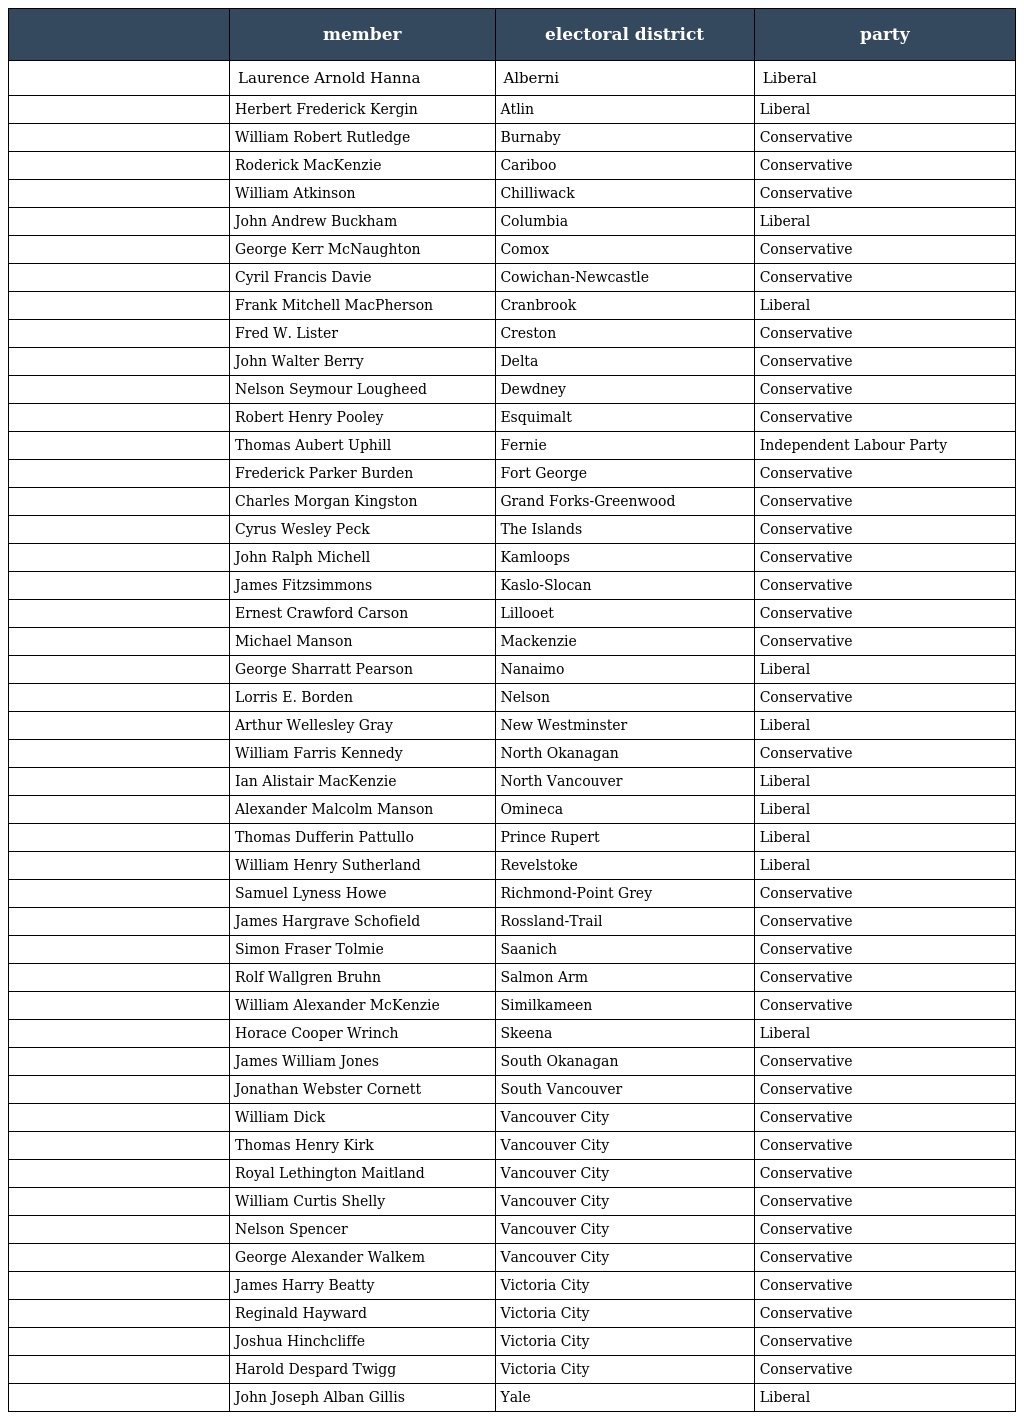
|  | member | electoral district | party |
 | --- | --- | --- | --- |
 |  | Laurence Arnold Hanna | Alberni | Liberal |
 |  | Herbert Frederick Kergin | Atlin | Liberal |
 |  | William Robert Rutledge | Burnaby | Conservative |
 |  | Roderick MacKenzie | Cariboo | Conservative |
 |  | William Atkinson | Chilliwack | Conservative |
 |  | John Andrew Buckham | Columbia | Liberal |
 |  | George Kerr McNaughton | Comox | Conservative |
 |  | Cyril Francis Davie | Cowichan-Newcastle | Conservative |
 |  | Frank Mitchell MacPherson | Cranbrook | Liberal |
 |  | Fred W. Lister | Creston | Conservative |
 |  | John Walter Berry | Delta | Conservative |
 |  | Nelson Seymour Lougheed | Dewdney | Conservative |
 |  | Robert Henry Pooley | Esquimalt | Conservative |
 |  | Thomas Aubert Uphill | Fernie | Independent Labour Party |
 |  | Frederick Parker Burden | Fort George | Conservative |
 |  | Charles Morgan Kingston | Grand Forks-Greenwood | Conservative |
 |  | Cyrus Wesley Peck | The Islands | Conservative |
 |  | John Ralph Michell | Kamloops | Conservative |
 |  | James Fitzsimmons | Kaslo-Slocan | Conservative |
 |  | Ernest Crawford Carson | Lillooet | Conservative |
 |  | Michael Manson | Mackenzie | Conservative |
 |  | George Sharratt Pearson | Nanaimo | Liberal |
 |  | Lorris E. Borden | Nelson | Conservative |
 |  | Arthur Wellesley Gray | New Westminster | Liberal |
 |  | William Farris Kennedy | North Okanagan | Conservative |
 |  | Ian Alistair MacKenzie | North Vancouver | Liberal |
 |  | Alexander Malcolm Manson | Omineca | Liberal |
 |  | Thomas Dufferin Pattullo | Prince Rupert | Liberal |
 |  | William Henry Sutherland | Revelstoke | Liberal |
 |  | Samuel Lyness Howe | Richmond-Point Grey | Conservative |
 |  | James Hargrave Schofield | Rossland-Trail | Conservative |
 |  | Simon Fraser Tolmie | Saanich | Conservative |
 |  | Rolf Wallgren Bruhn | Salmon Arm | Conservative |
 |  | William Alexander McKenzie | Similkameen | Conservative |
 |  | Horace Cooper Wrinch | Skeena | Liberal |
 |  | James William Jones | South Okanagan | Conservative |
 |  | Jonathan Webster Cornett | South Vancouver | Conservative |
 |  | William Dick | Vancouver City | Conservative |
 |  | Thomas Henry Kirk | Vancouver City | Conservative |
 |  | Royal Lethington Maitland | Vancouver City | Conservative |
 |  | William Curtis Shelly | Vancouver City | Conservative |
 |  | Nelson Spencer | Vancouver City | Conservative |
 |  | George Alexander Walkem | Vancouver City | Conservative |
 |  | James Harry Beatty | Victoria City | Conservative |
 |  | Reginald Hayward | Victoria City | Conservative |
 |  | Joshua Hinchcliffe | Victoria City | Conservative |
 |  | Harold Despard Twigg | Victoria City | Conservative |
 |  | John Joseph Alban Gillis | Yale | Liberal |